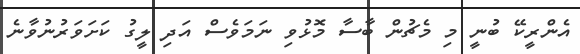
އެންރީކޭ ބުނީ މި މެޗުން ބާސާ މޮޅުވި ނަމަވެސް އަދި ލީގު ކަށަވަރުނުވާނެ